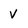
Character: V